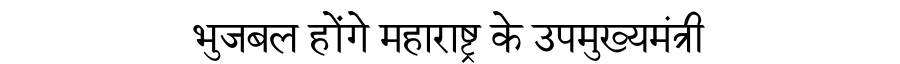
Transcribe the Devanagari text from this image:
भुजबल होंगे महाराष्ट्र के उपमुख्यमंत्री